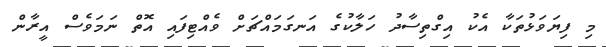
މި ފިޔަވަޅުތަކާ އެކު އިގްތިސާދު ހަލާކުގެ އަނގަމައްޗަށް ވެއްޓިފައި އޮތް ނަމަވެސް އީރާން